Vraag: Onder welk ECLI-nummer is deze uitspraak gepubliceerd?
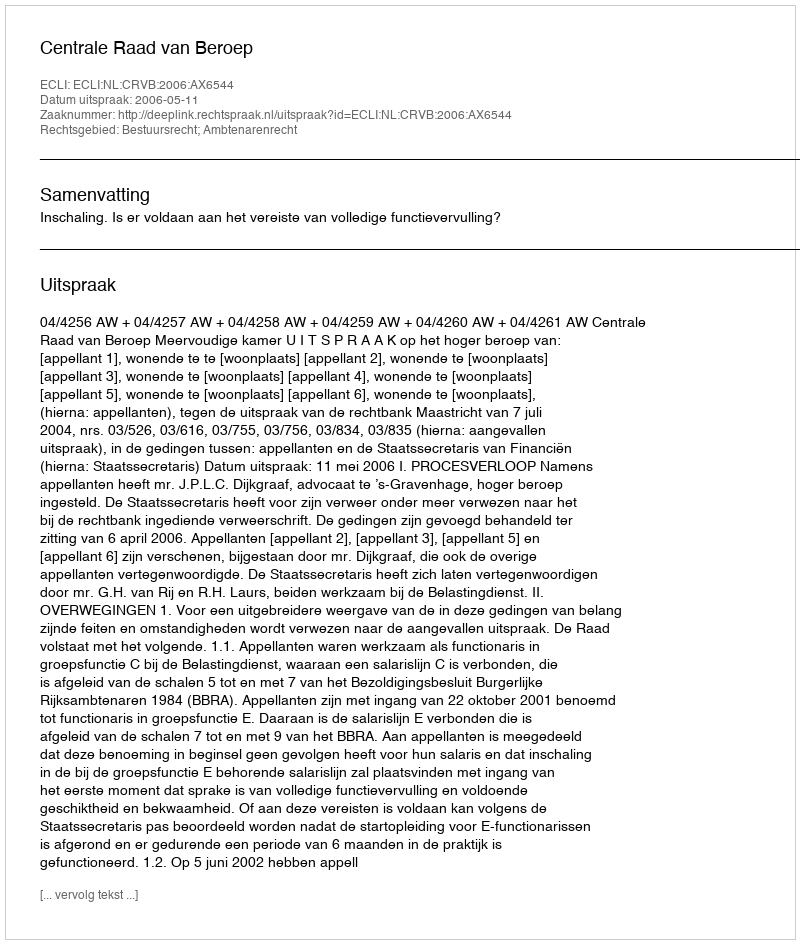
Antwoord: ECLI:NL:CRVB:2006:AX6544